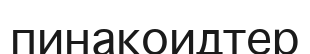
пинакоидтер